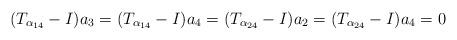
LaTeX: \begin{align*}(T_{\alpha_{14}}-I)a_3=(T_{\alpha_{14}}-I)a_4=(T_{\alpha_{24}}-I)a_2=(T_{\alpha_{24}}-I)a_4=0\end{align*}